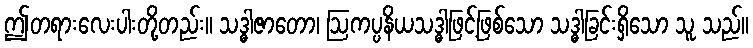
ဤတရားလေးပါးတို့တည်း။ သဒ္ဓါဇာတော၊ ဩကပ္ပနိယသဒ္ဓါဖြင့်ဖြစ်သော သဒ္ဓါခြင်းရှိသော သူ သည်။